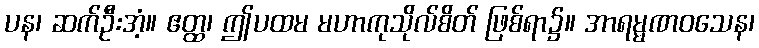
ပန၊ ဆက်ဦးအံ့။ ဧတ္ထ၊ ဤပထမ မဟာကုသိုလ်စိတ် ဖြစ်ရာ၌။ အာရမ္မဏဝသေန၊